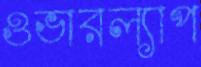
ওভারল্যাপ